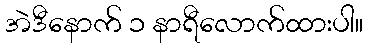
အဲဒီနောက် ၁ နာရီလောက်ထားပါ။